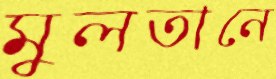
মুলতানে